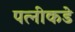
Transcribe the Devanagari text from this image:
पत्नीकडे